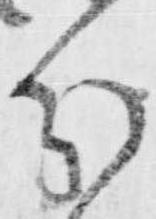
分